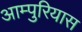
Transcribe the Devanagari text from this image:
आम्पुरियास